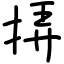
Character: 挵